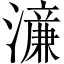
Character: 濓